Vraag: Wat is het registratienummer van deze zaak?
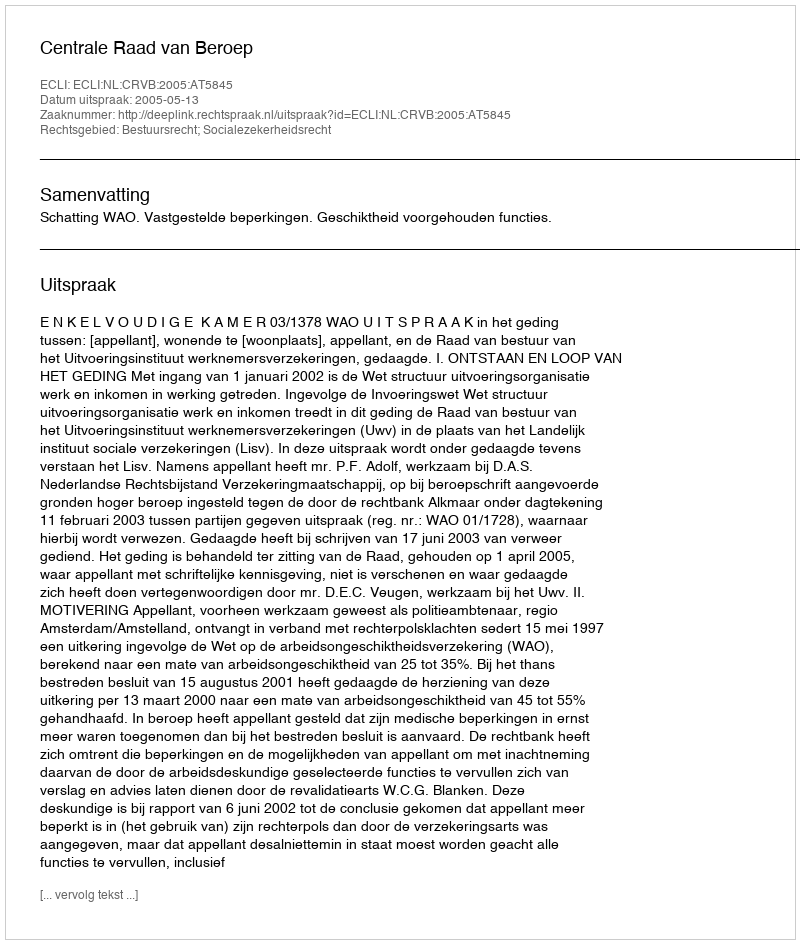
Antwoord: http://deeplink.rechtspraak.nl/uitspraak?id=ECLI:NL:CRVB:2005:AT5845